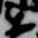
楽